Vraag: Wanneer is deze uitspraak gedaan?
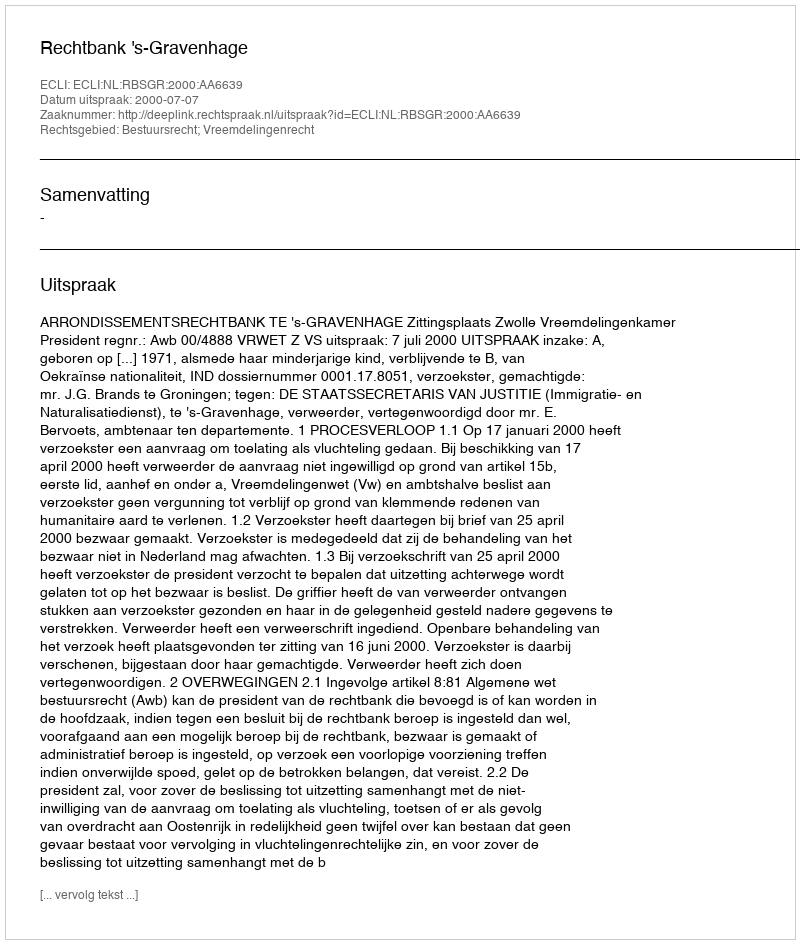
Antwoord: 2000-07-07